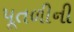
પૂતળીની